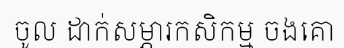
ចូល ដាក់សម្ភារកសិកម្ម ចងគោ